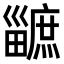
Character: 𤳯